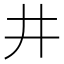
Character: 井